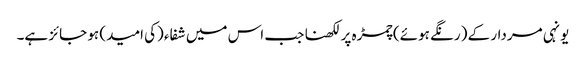
یونہی مردار کے (رنگے ہوئے) چمڑہ پر لکھنا جب اس میں شفاء (کی امید) ہو جائز ہے۔